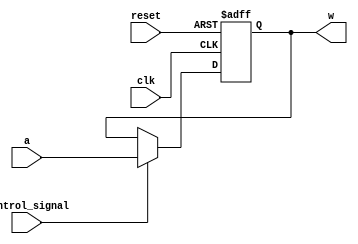
module Register_with_control(a, clk, reset, control_signal, w);
  input [31:0] a;
  input clk, reset, control_signal;
  output reg [31:0] w;
  always @(posedge clk, posedge reset)
  begin
    if(reset == 1'b1)
      w <= 32'b0;
    else if(control_signal == 1'b1)
      w <= a;
    end
endmodule